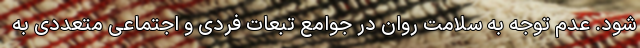
شود. عدم توجه به سلامت روان در جوامع تبعات فردی و اجتماعی متعددی به